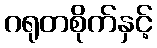
ဂရုတစိုက်နှင့်